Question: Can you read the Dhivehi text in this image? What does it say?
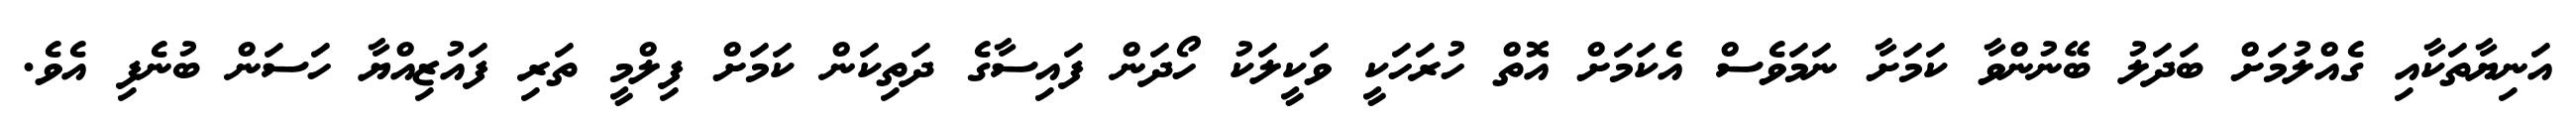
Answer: އަނިޔާތަކާއި ގެއްލުމަށް ބަދަލު ބޭނުންވާ ކަމަށާ ނަމަވެސް އެކަމަށް އޮތް ހުރަހަކީ ވަކީލަކު ހޯދަން ފައިސާގެ ދަތިކަން ކަމަށް ފިލްމީ ތަރި ފައުޒިއްޔާ ހަސަން ބުނެފި އެވެ.